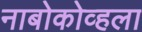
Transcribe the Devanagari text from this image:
नाबोकोव्हला